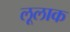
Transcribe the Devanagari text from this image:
लूलाक